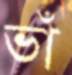
ভাঁ